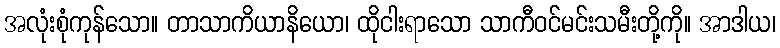
အလုံးစုံကုန်သော။ တာသာကိယာနိယော၊ ထိုငါးရာသော သာကီဝင်မင်းသမီးတို့ကို။ အာဒါယ၊